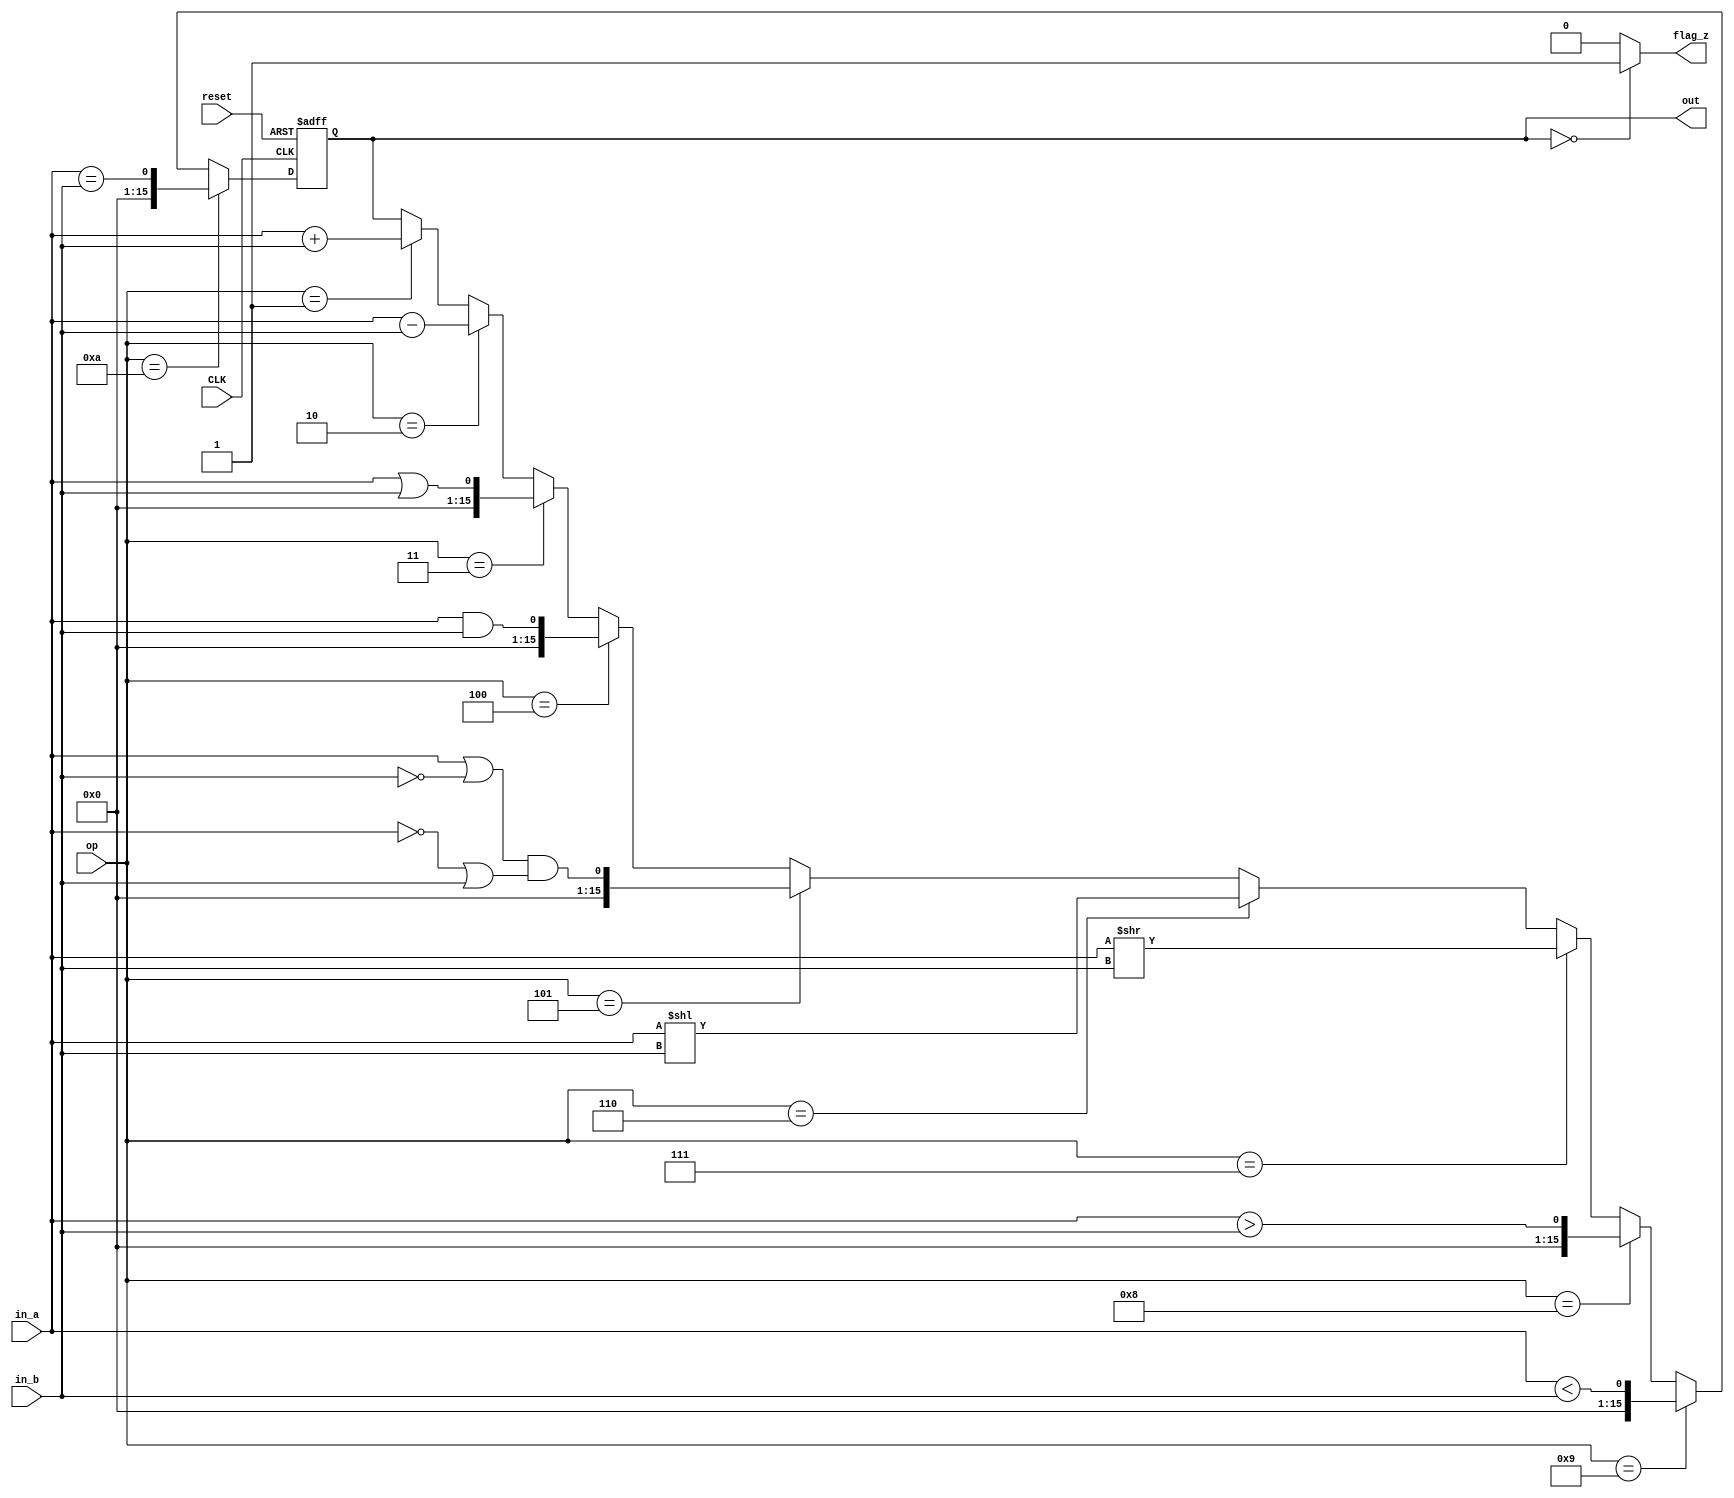
module ALU(CLK, reset, op, in_a, in_b, out, flag_z);

    /////////////////////////////////////////////////////////////////////////////////
    // module I/O
    /////////////////////////////////////////////////////////////////////////////////

    input wire CLK;             // clock for ALU
    input wire reset;           // reset, active-high
    input wire[3:0] op;          // which operation to do
    input wire[15:0] in_a;       // value of register a for input to ALU
    input wire[15:0] in_b;       // value of register b for input to ALU
    output reg[15:0] out;       // value of register for output of ALU
    output reg flag_z;          // z flag, if output == 0

    /////////////////////////////////////////////////////////////////////////////////
    // Operations
    /////////////////////////////////////////////////////////////////////////////////

    // operations go: out = (in_a) op (in_b)
    // parameters to 

    parameter IDLE = 0;
    parameter ADD = 1;
    parameter SUB = 2;
    parameter OR = 3;
    parameter AND = 4;
    parameter XOR = 5;
    parameter SL = 6;
    parameter SR = 7;
    parameter GT = 8;
    parameter LT = 9;
    parameter EQ = 10;

    always@(posedge CLK or posedge reset) begin
        if (reset) begin
            out <= 0;
        end 
        else begin
            if (op == ADD) begin
                out <= in_a + in_b;
            end
            if (op == SUB) begin
                out <= in_a - in_b;
            end
            if (op == OR) begin
                out <= in_a || in_b;
            end
            if (op == AND) begin
                out <= in_a && in_b;
            end
            if (op == XOR) begin
                out <= (in_a || !(in_b)) && (!(in_a) || in_b);
            end
            if (op == SL) begin
                out <= in_a << in_b;
            end
            if (op == SR) begin
                out <= in_a >> in_b;
            end
            if (op == GT) begin
                out <= in_a > in_b;
            end
            if (op == LT) begin
                out <= in_a < in_b;
            end
            if (op == EQ) begin
                out <= (in_a == in_b);
            end
        end
    end

    /////////////////////////////////////////////////////////////////////////////////
    // Setting flag
    /////////////////////////////////////////////////////////////////////////////////

    always@(*) begin
        if (out == 0) 
            flag_z = 1;
        else 
            flag_z = 0;
    end

endmodule